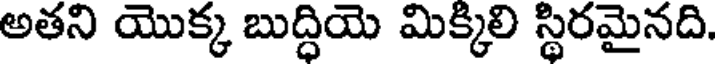
అతని యొక్క బుద్ధియె మిక్కిలి స్థిరమైనది.